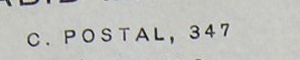
C. POSTAL, 347